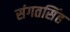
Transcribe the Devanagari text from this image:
संगतसिंह